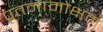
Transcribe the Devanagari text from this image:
पूतनामोक्षम्